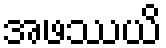
အဖဿယိ